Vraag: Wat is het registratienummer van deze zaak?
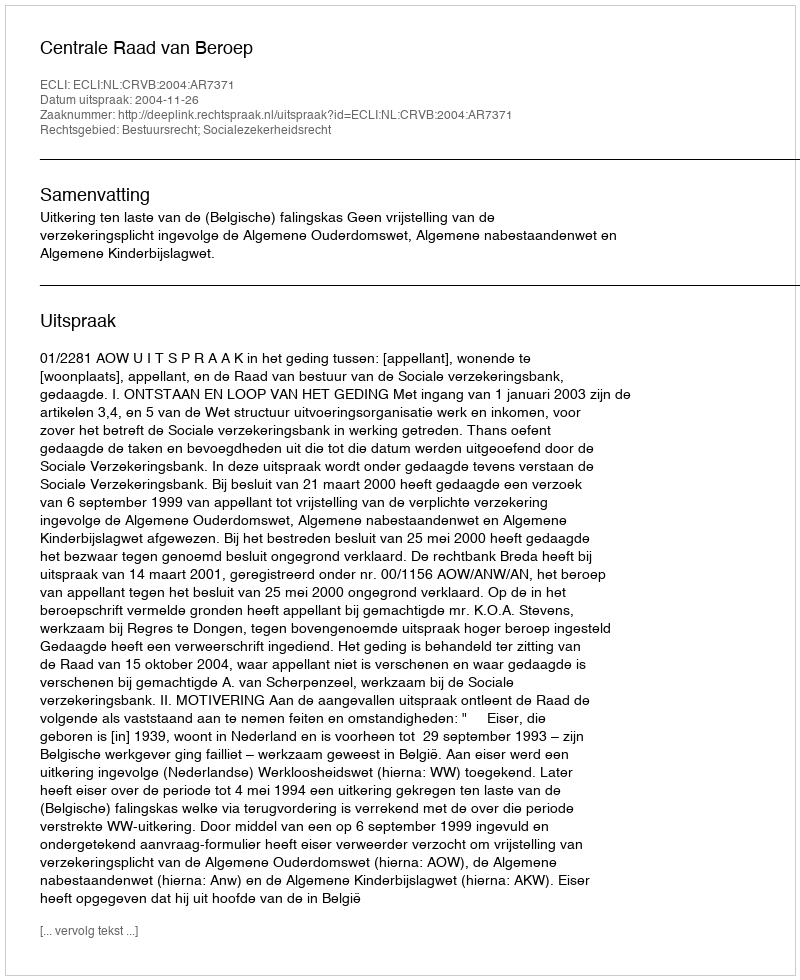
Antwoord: http://deeplink.rechtspraak.nl/uitspraak?id=ECLI:NL:CRVB:2004:AR7371